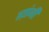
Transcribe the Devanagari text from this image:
त्य़ांनी